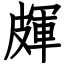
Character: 皹